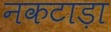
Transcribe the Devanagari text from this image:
नकटाड़ा